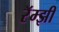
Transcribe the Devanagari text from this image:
रॅम्झी